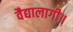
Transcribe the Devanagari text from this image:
वैद्यालागी॥